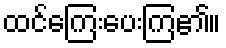
ထင်ကြေးပေးကြ၏။